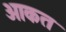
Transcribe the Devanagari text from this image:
ओकत